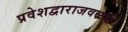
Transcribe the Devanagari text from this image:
प्रवेशद्वाराजवळही